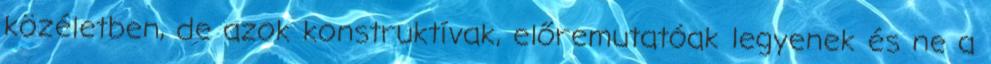
közéletben, de azok konstruktívak, előremutatóak legyenek és ne a